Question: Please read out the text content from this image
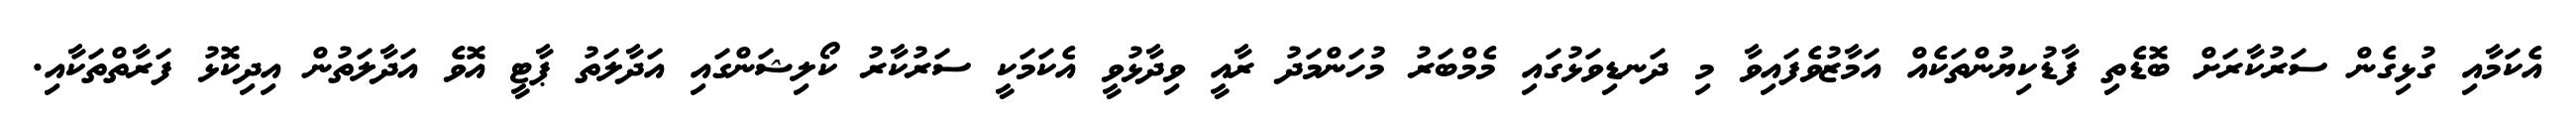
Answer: އެކަމާއި ގުޅިގެން ސަރުކާރަށް ބޮޑެތި ފާޑުކިޔުންތަކެއް އަމާޒުވެފައިވާ މި ދަނޑިވަޅުގައި މެމްބަރު މުހަންމަދު ރާއީ ވިދާޅުވީ އެކަމަކީ ސަރުކާރު ކޯލިޝަންގައި އަދާލަތު ޕާޓީ އޮވެ އަދާލަތުން އިދިކޮޅު ފަރާތްތަކާއި.